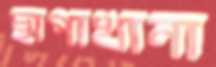
ছাপাখানা